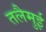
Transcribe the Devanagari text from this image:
तलैमुई